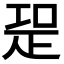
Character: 𭼁